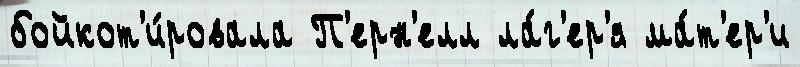
бойкот'и́ровала П'ерн'елл ла́г'ер'я ма́т'ер'и